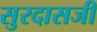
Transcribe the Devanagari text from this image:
सुरदासजी